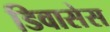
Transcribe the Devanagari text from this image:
डिवासेस